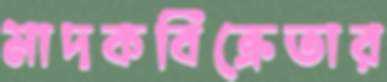
মাদকবিক্রেতার